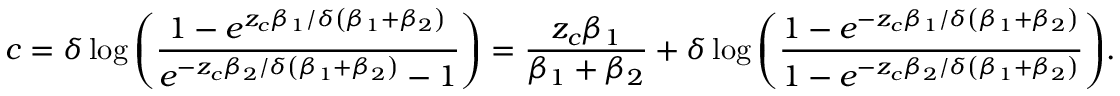
c = \delta \log { \left( \frac { 1 - e ^ { z _ { c } \beta _ { 1 } / \delta \left( \beta _ { 1 } + \beta _ { 2 } \right) } } { e ^ { - z _ { c } \beta _ { 2 } / \delta \left( \beta _ { 1 } + \beta _ { 2 } \right) } - 1 } \right) } = \frac { z _ { c } \beta _ { 1 } } { \beta _ { 1 } + \beta _ { 2 } } + \delta \log { \left( \frac { 1 - e ^ { - z _ { c } \beta _ { 1 } / \delta \left( \beta _ { 1 } + \beta _ { 2 } \right) } } { 1 - e ^ { - z _ { c } \beta _ { 2 } / \delta \left( \beta _ { 1 } + \beta _ { 2 } \right) } } \right) } .